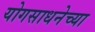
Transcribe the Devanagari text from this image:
योगसाधनेच्या